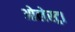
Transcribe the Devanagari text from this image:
ओलेस्ट्रा